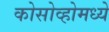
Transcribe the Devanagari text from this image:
कोसोव्होमध्ये